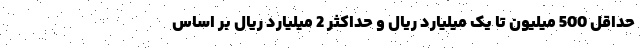
حداقل 500 میلیون تا یک میلیارد ریال و حداکثر 2 میلیارد ریال بر اساس